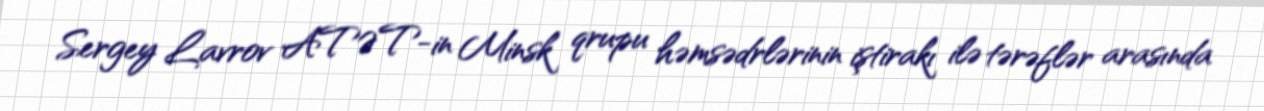
Sergey Lavrov ATƏT-in Minsk qrupu həmsədrlərinin iştirakı ilə tərəflər arasında